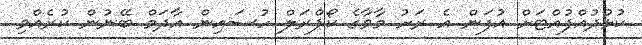
ކުޅުދުއްފުއްޓަށް އުފަން އެ ރަށު މާވާގެ ކޯޕްރަލް ހުސައިން އާދަމް ބޭނުން ކުރެއްވި